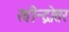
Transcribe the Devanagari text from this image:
रवीन्द्रोत्तर